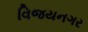
વિજયનગર